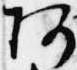
阿